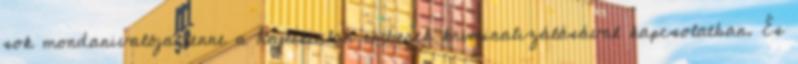
sok mondanivalója lenne a hajléktalan emberek kriminalizálásával kapcsolatban. És